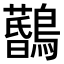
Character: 𪆨